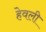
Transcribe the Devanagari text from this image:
हेवली